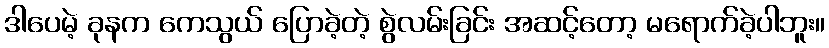
ဒါပေမဲ့ ခုနက ကေသွယ် ပြောခဲ့တဲ့ စွဲလမ်းခြင်း အဆင့်တော့ မရောက်ခဲ့ပါဘူး။